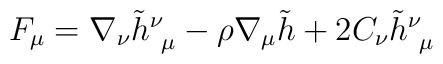
F_\mu  = \nabla_\nu \tilde h^\nu_{~\mu }  - \rho \nabla_\mu \tilde h +2C_\nu  \tilde h^\nu_{~\mu }